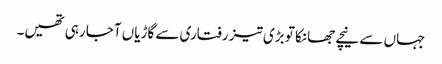
جہاں سے نیچے جھانکا تو بڑی تیز رفتاری سے گاڑیاں آجا رہی تھیں۔